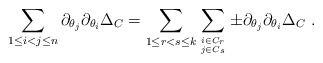
\begin{align*} \sum_{1\le i<j\le n} \partial_{\theta_j}\partial_{\theta_i}\Delta_C &= \sum_{1\le r<s\le k} \sum_{i\in C_{r} \atop j\in C_{s}} \pm \partial_{\theta_j}\partial_{\theta_i}\Delta_C~.\end{align*}